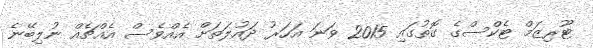
ޓޫރިޒަމް ޓެކްސްގެ ގޮތުގައި 2015 ވަނަ އަހަރު ދައުލަތަށް އެއްވެސް އެއްޗެއް ނުލިބޭނެ